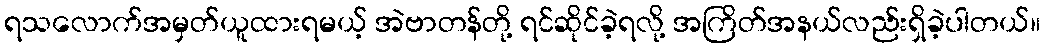
ရသလောက်အမှတ်ယူထားရမယ့် အဲဗာတန်တို့ ရင်ဆိုင်ခဲ့ရလို့ အကြိတ်အနယ်လည်းရှိခဲ့ပါတယ်။